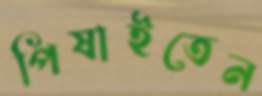
পিষাইতেন